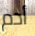
أدم